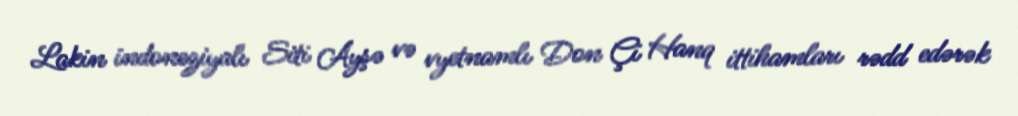
Lakin indoneziyalı Siti Ayşə və vyetnamlı Don Çi Hanq ittihamları rədd edərək